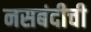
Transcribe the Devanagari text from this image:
नसबंदीची